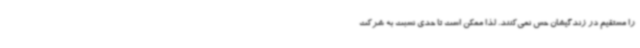
را مستقیم در زندگیشان حس نمی‌کنند. لذا ممکن است تا حدی نسبت به شرکت